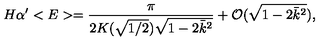
H \alpha ^ { \prime } < E > = \frac { \pi } { 2 K ( \sqrt { 1 / 2 } ) \sqrt { 1 - 2 \bar { k } ^ { 2 } } } + { \cal O } ( \sqrt { 1 - 2 \bar { k } ^ { 2 } } ) ,